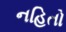
નહિતો